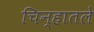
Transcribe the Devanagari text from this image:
चिन्हातले